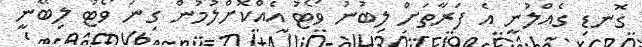
ގޮނޑި ގެއްލުނީ އެ ފަރާތަށް ލިބުނު ވޯޓު އެއްކޮށްލުމުން ގިނަ ވޯޓު ލިބޭނީ